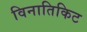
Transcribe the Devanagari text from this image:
विनातिकिट